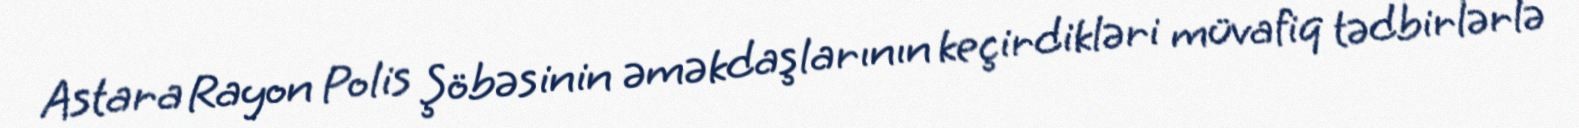
Astara Rayon Polis Şöbəsinin əməkdaşlarının keçirdikləri müvafiq tədbirlərlə